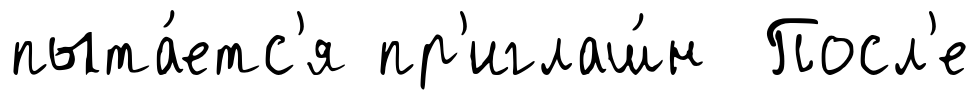
пыта́етс'я пр'иглаш́н Посл'е